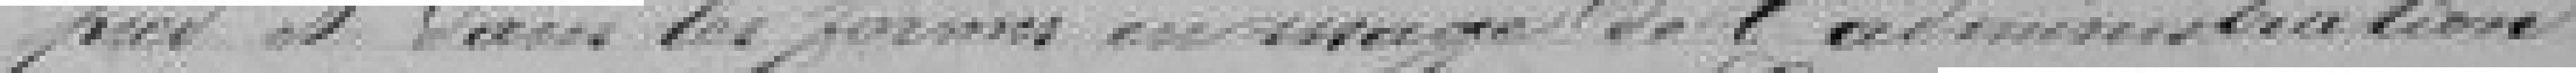
pied et dans les formes en image de l'administration